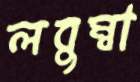
লবুম্বা